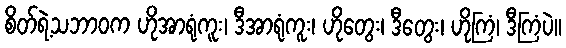
စိတ်ရဲ့သဘာဝက ဟိုအာရုံကူး၊ ဒီအာရုံကူး၊ ဟိုတွေး၊ ဒီတွေး၊ ဟိုကြံ၊ ဒီကြံပဲ။